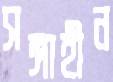
সঙ্গাহীন